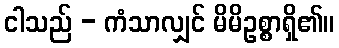
ငါသည် - ကံသာလျှင် မိမိဥစ္စာရှိ၏။